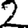
Digit: 2